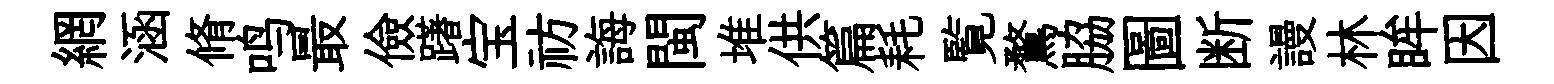
網涵脩鸣最儉躇宝祊誨閩堆供篇耗覧鶩脇圖断謾林眸因